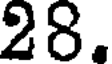
28.